Investigations into the jail dietaries of the United Provinces with some observations on the influence of dietary on the physical development and well-being of the people of the United Provinces - Number 48
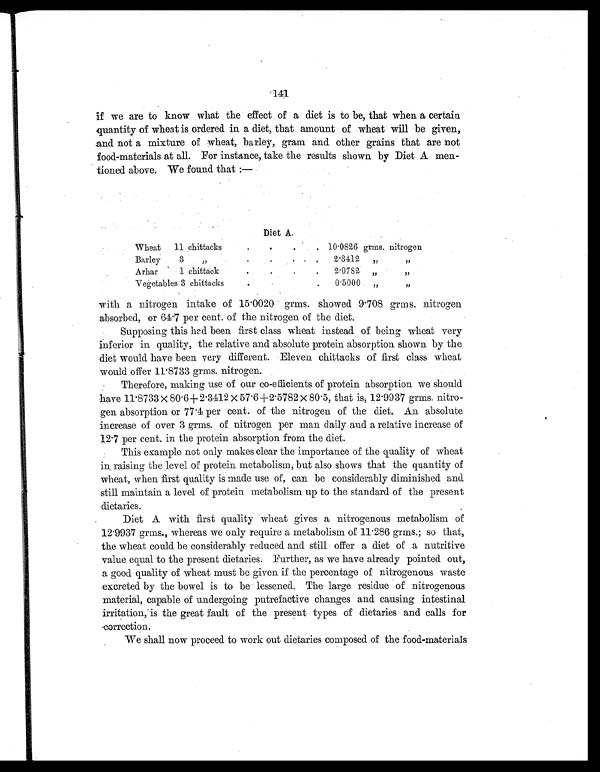
141
if we are to know what the effect of a diet is to be, that when a certain
quantity of wheat is ordered in a diet, that amount of wheat will be given,
and not a mixture of wheat, barley, gram and other grains that are not
food-materials at all. For instance, take the results shown by Diet A men-
tioned above. We found that:—
Diet A.
Wheat 11 chittacks
.
.
.
. 10.0826 grms. nitrogen
Barley 3 „
.
.
.
.
2.3412 „
„
Arhar 1 chittack
.
.
.
.
2.0782 „
„
Vegetables 3 chittacks
.
.
0.5000 „
„
with a nitrogen intake of 15.0020 grms. showed 9.708 grms. nitrogen
absorbed, or 64.7 per cent. of the nitrogen of the diet.
Supposing this had been first class wheat instead of being wheat very
inferior in quality, the relative and absolute protein absorption shown by the
diet would have been very different. Eleven chittacks of first class wheat
would offer 11.8733 grms. nitrogen.
Therefore, making use of our co-efficients of protein absorption we should
have 11.8733 × 80.6+2.3412 × 57.6+2.5782 × 80.5, that is, 12.9937 grms. nitro-
gen absorption or 77.4 per cent. of the nitrogen of the diet. An absolute
increase of over 3 grms. of nitrogen per man daily and a relative increase of
12.7 per cent. in the protein absorption from the diet.
This example not only makes clear the importance of the quality of wheat
in raising the level of protein metabolism, but also shows that the quantity of
wheat, when first quality is made use of, can be considerably diminished and
still maintain a level of protein metabolism up to the standard of the present
dietaries.
Diet A with first quality wheat gives a nitrogenous metabolism of
12.9937 grms., whereas we only require a metabolism of 11.286 grms.; so that,
the wheat could be considerably reduced and still offer a diet of a nutritive
value equal to the present dietaries. Further, as we have already pointed out,
a good quality of wheat must be given if the percentage of nitrogenous waste
excreted by the bowel is to be lessened. The large residue of nitrogenous
material, capable of undergoing putrefactive changes and causing intestinal
irritation, is the great fault of the present types of dietaries and calls for
correction.
We shall now proceed to work out dietaries composed of the food-materials